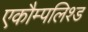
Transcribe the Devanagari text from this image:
एकौम्पलिश्ड